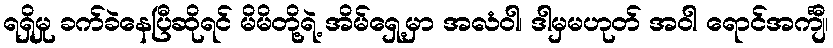
ရရှိမှု ခက်ခဲနေပြီဆိုရင် မိမိတို့ရဲ့ အိမ်ရှေ့မှာ အလံဝါ၊ ဒါမှမဟုတ် အဝါ ရောင်အင်္ကျီ၊